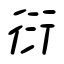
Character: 衍